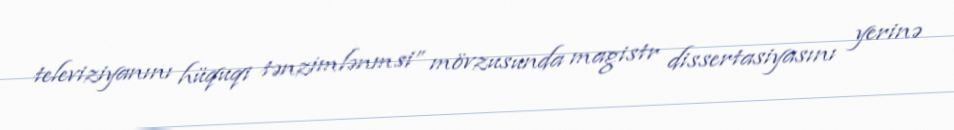
televiziyanını hüquqi tənzimlənmsi” mövzusunda magistr dissertasiyasını yerinə